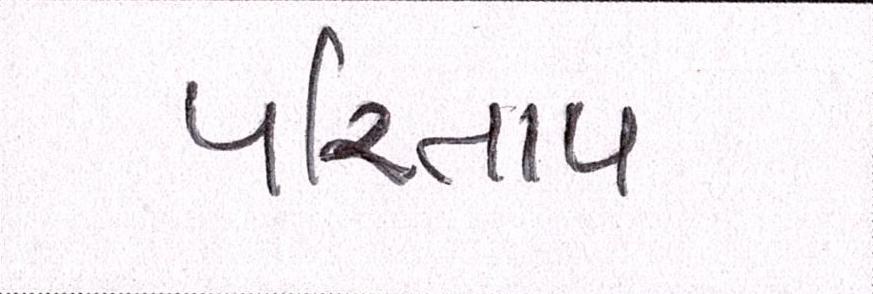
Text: પરિતાપ